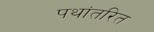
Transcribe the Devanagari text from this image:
पथांतरित